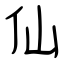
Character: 仙